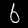
Label: 6